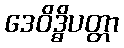
ဒေဝိဒ္ဓိပတ္တာ